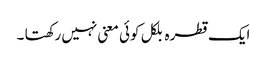
ایک قطرہ بلکل کوئی معنی نہیں رکھتا ۔